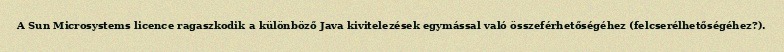
A Sun Microsystems licence ragaszkodik a különböző Java kivitelezések egymással való összeférhetőségéhez (felcserélhetőségéhez?).